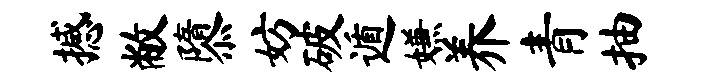
撼敝隳妨破遁嫌养青抽